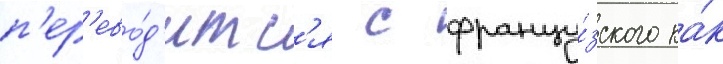
п'ер'ево́д'итс'я с францу́зского ка́к